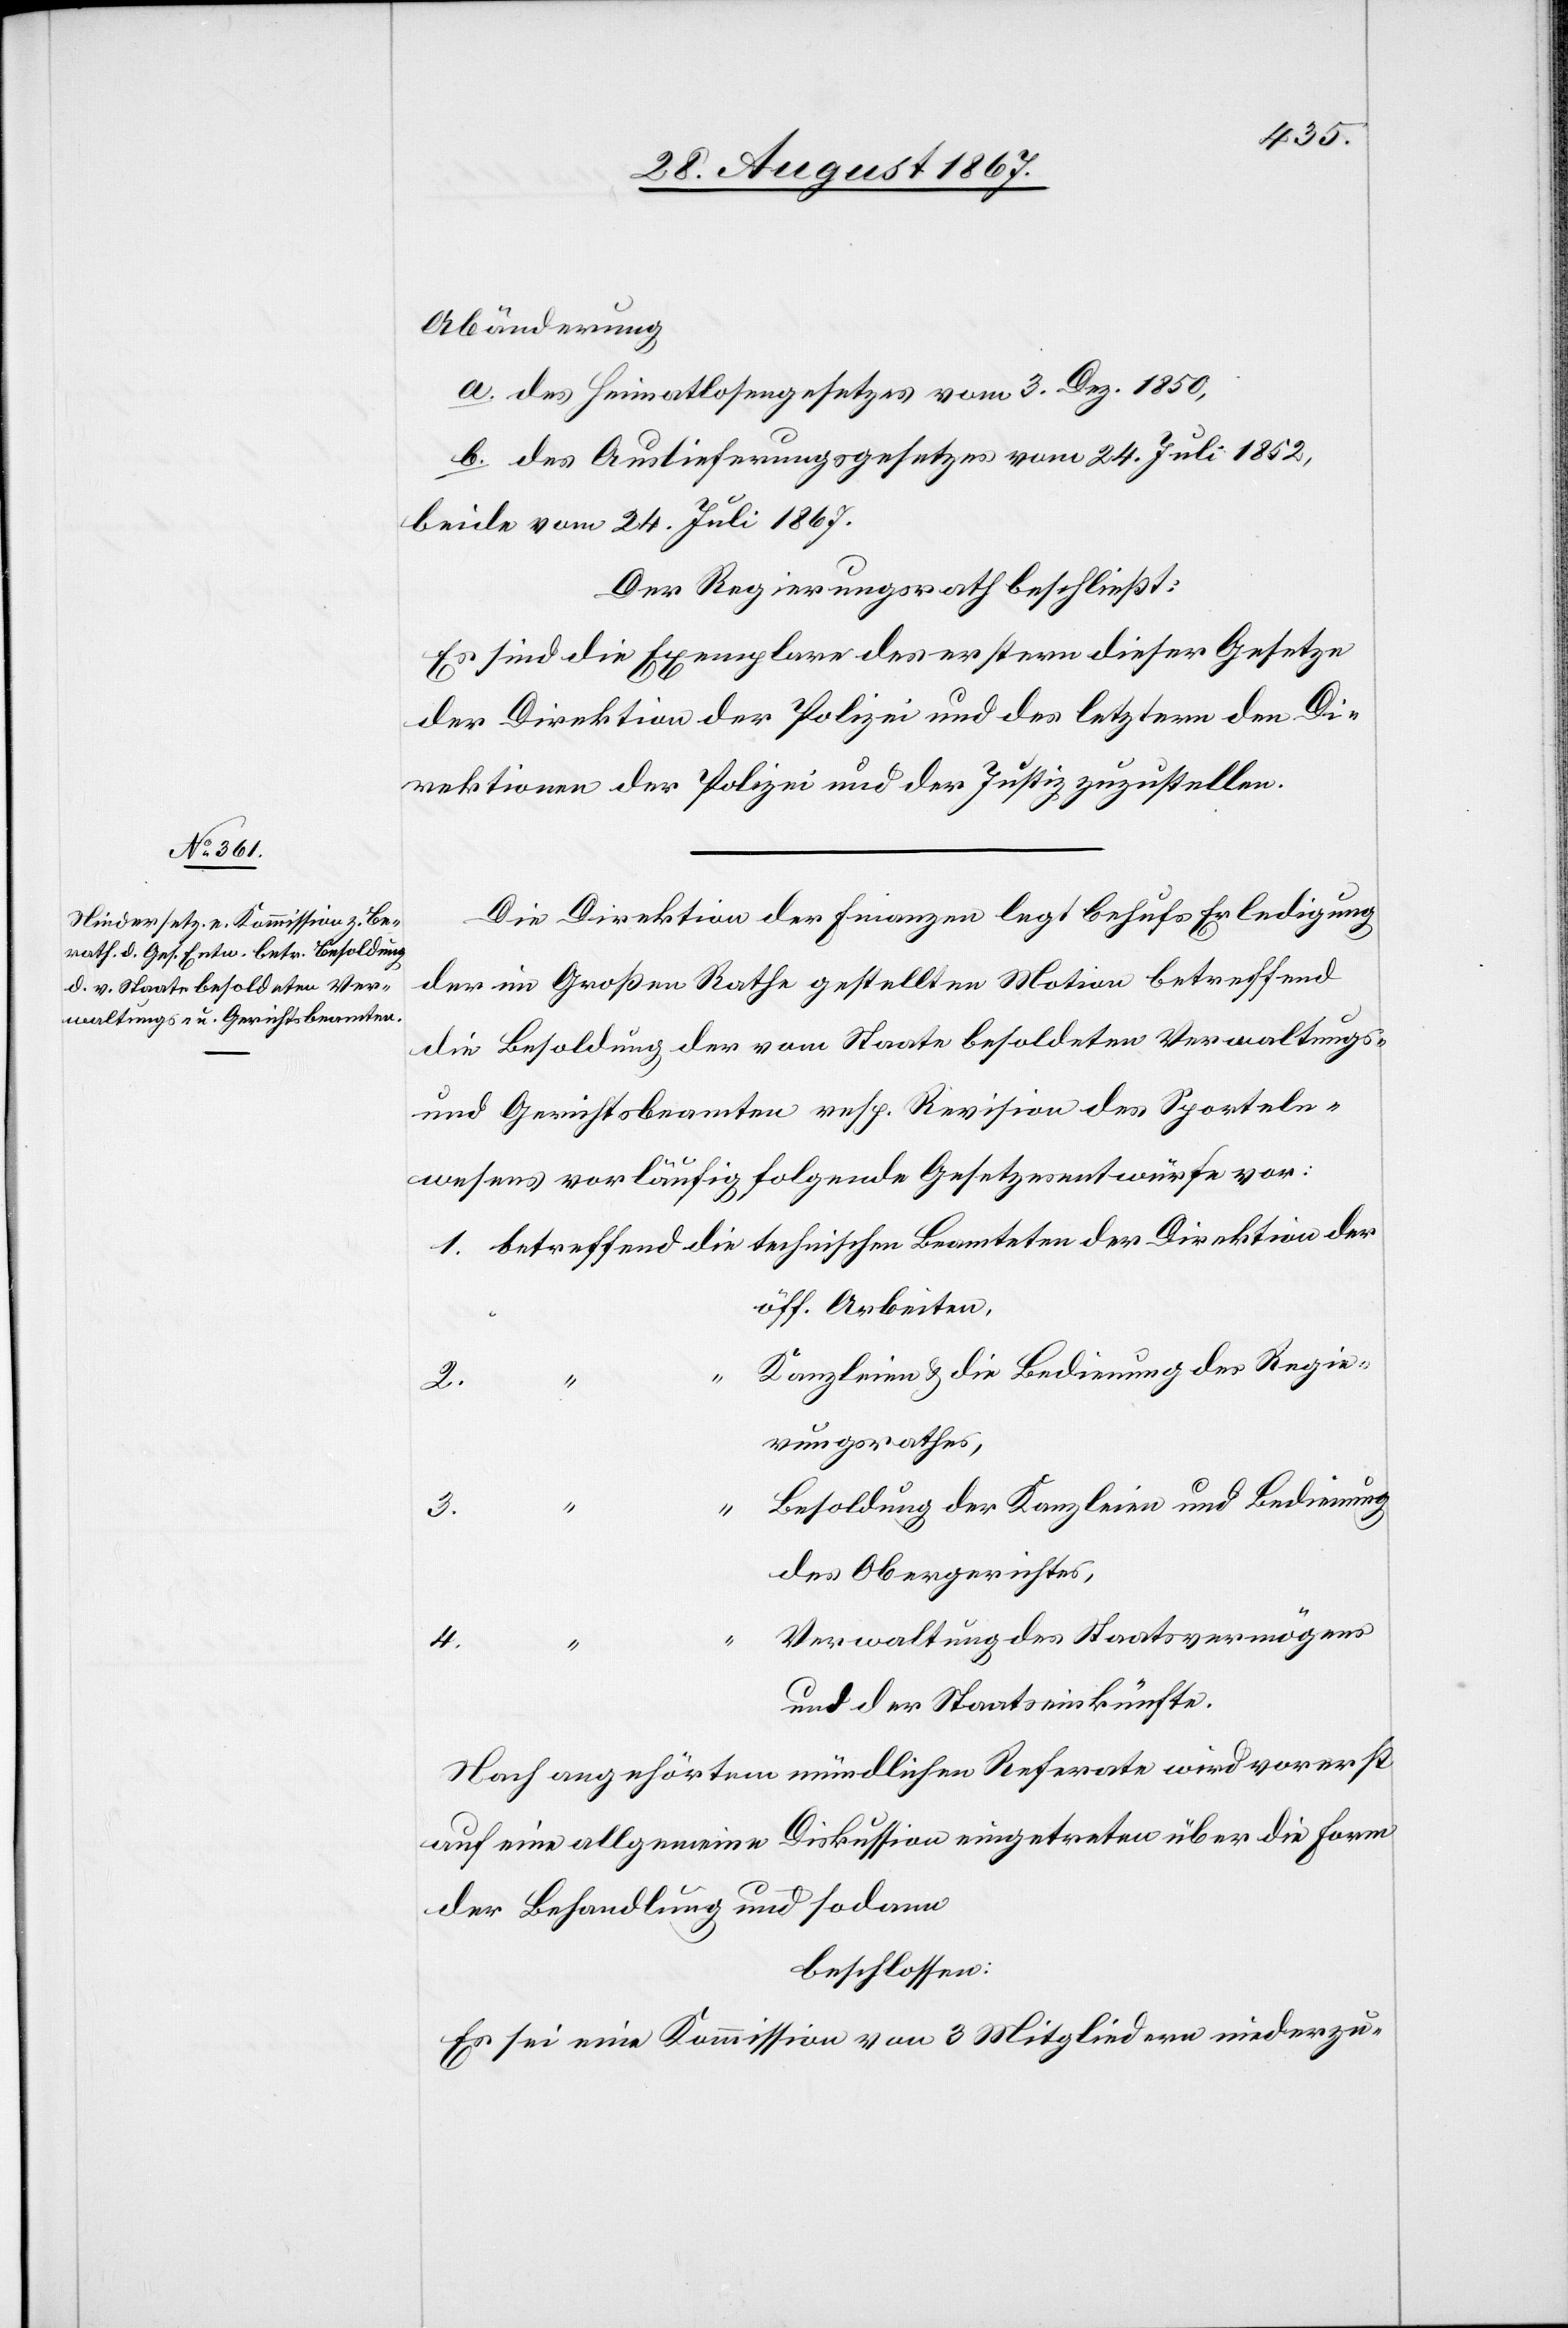
Abänderung
a. des Heimatlosengesetzes vom 3. Dez 1850,
b. des Auslieferungsgesetzes vom 24. Juli 1852,
beide vom 24. Juli 1867.
Der Regierungsrath beschließt:
Es sind die Exemplare des erstern dieser Gesetze
der Direktion der Polizei und des letztern den Di¬
rektionen der Polizei und der Justiz zuzustellen.
Die Direktion der Finanzen legt behufs Erledigung
der im Großen Rathe gestellten Motion betreffend
die Besoldung der vom Staate besoldeten Verwaltungs-
und Gerichtsbeamten resp. Revision des Sporteln¬
wesens vorläufig folgende Gesetzesentwürfe vor:
öff. Arbeiten.
Kanzleien u. die Bedienung des Regie¬
2.
rungsrathes,
Besoldung der Kanzleien und Bedienung
1.
3.
des Obergerichtes,
Verwaltung des Staatsvermögens
4.
und der Staatseinkünfte.
Nach angehörtem mündlichen Referate wird vorerst
auf eine allgemeine Diskussion eingetreten über die Form
der Behandlung und sodann
beschlossen:
Es sei eine Kommission von 3 Mitgliedern niederzu-